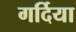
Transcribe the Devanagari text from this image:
गर्दिया